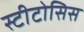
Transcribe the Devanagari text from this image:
स्टीटोसिस